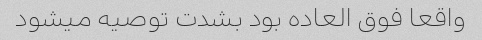
واقعا فوق العاده بود بشدت توصیه میشود